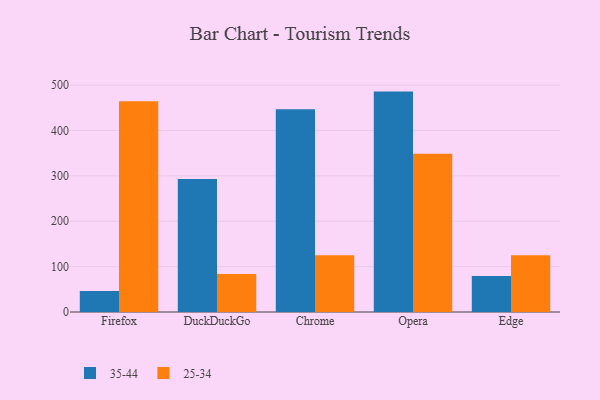
{"axis": {"x": "Browser", "y": "Operating Costs (USD K)"}, "legend": ["25-34", "35-44"], "data": [{"x": "Firefox", "y": 46.2, "type": "35-44"}, {"x": "Firefox", "y": 464.7, "type": "25-34"}, {"x": "DuckDuckGo", "y": 293.3, "type": "35-44"}, {"x": "DuckDuckGo", "y": 84.0, "type": "25-34"}, {"x": "Chrome", "y": 446.6, "type": "35-44"}, {"x": "Chrome", "y": 125.3, "type": "25-34"}, {"x": "Opera", "y": 485.7, "type": "35-44"}, {"x": "Opera", "y": 348.7, "type": "25-34"}, {"x": "Edge", "y": 79.3, "type": "35-44"}, {"x": "Edge", "y": 125.2, "type": "25-34"}]}